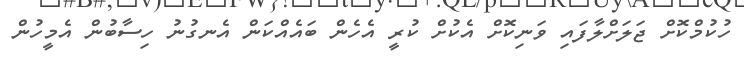
ހުކުމްކޮށް ޖަލަށްލާފައި ވަނިކޮށް އެކުށް ކުރީ އެހެން ބައެއްކަން އެނގުނު ހިސާބުން އެމީހުން